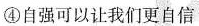
④自强可以让我们更自信